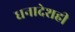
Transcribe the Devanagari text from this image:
धनादेशही